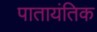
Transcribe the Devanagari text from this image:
पातायंतिक